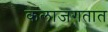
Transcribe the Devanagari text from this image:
कलाजगतात